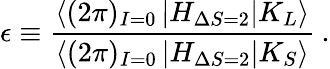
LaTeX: \epsilon\equiv\frac{\langle(2\pi)_{I=0}\left|H_{\Delta S=2}\right|K_{L}\rangle}{\langle(2\pi)_{I=0}\left|H_{\Delta S=2}\right|K_{S}\rangle}\: .